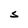
Character: S